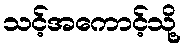
သင့်အကောင့်သို့